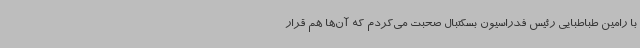
با رامین طباطبایی رئیس فدراسیون بسکتبال صحبت می‌کردم که آن‌ها هم قرار